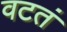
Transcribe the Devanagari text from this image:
वटतं